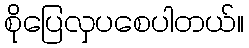
စိုပြေလှပစေပါတယ်။